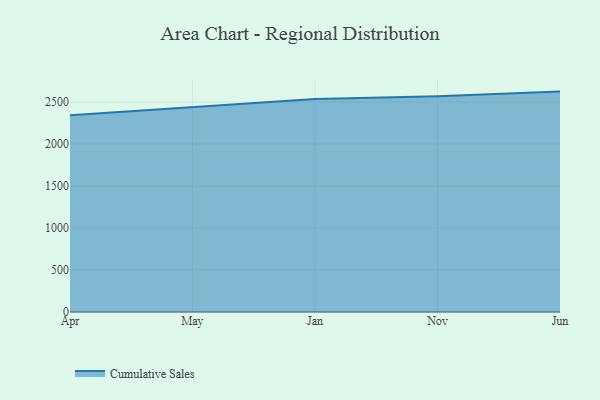
{"axis": {"x": "Month", "y": "Temperature (°C)"}, "legend": ["Cumulative Sales"], "data": [{"x": "Apr", "y": 2343.4, "type": "Cumulative Sales"}, {"x": "May", "y": 2438.7, "type": "Cumulative Sales"}, {"x": "Jan", "y": 2535.3, "type": "Cumulative Sales"}, {"x": "Nov", "y": 2568.4, "type": "Cumulative Sales"}, {"x": "Jun", "y": 2624.8, "type": "Cumulative Sales"}]}